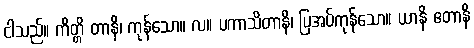
ငါသည်။ ကိတ္တိ တာနိ၊ ကုန်သော။ လ။ ပကာသိတာနိ၊ ပြအပ်ကုန်သော။ ယာနိ ဧတာနိ